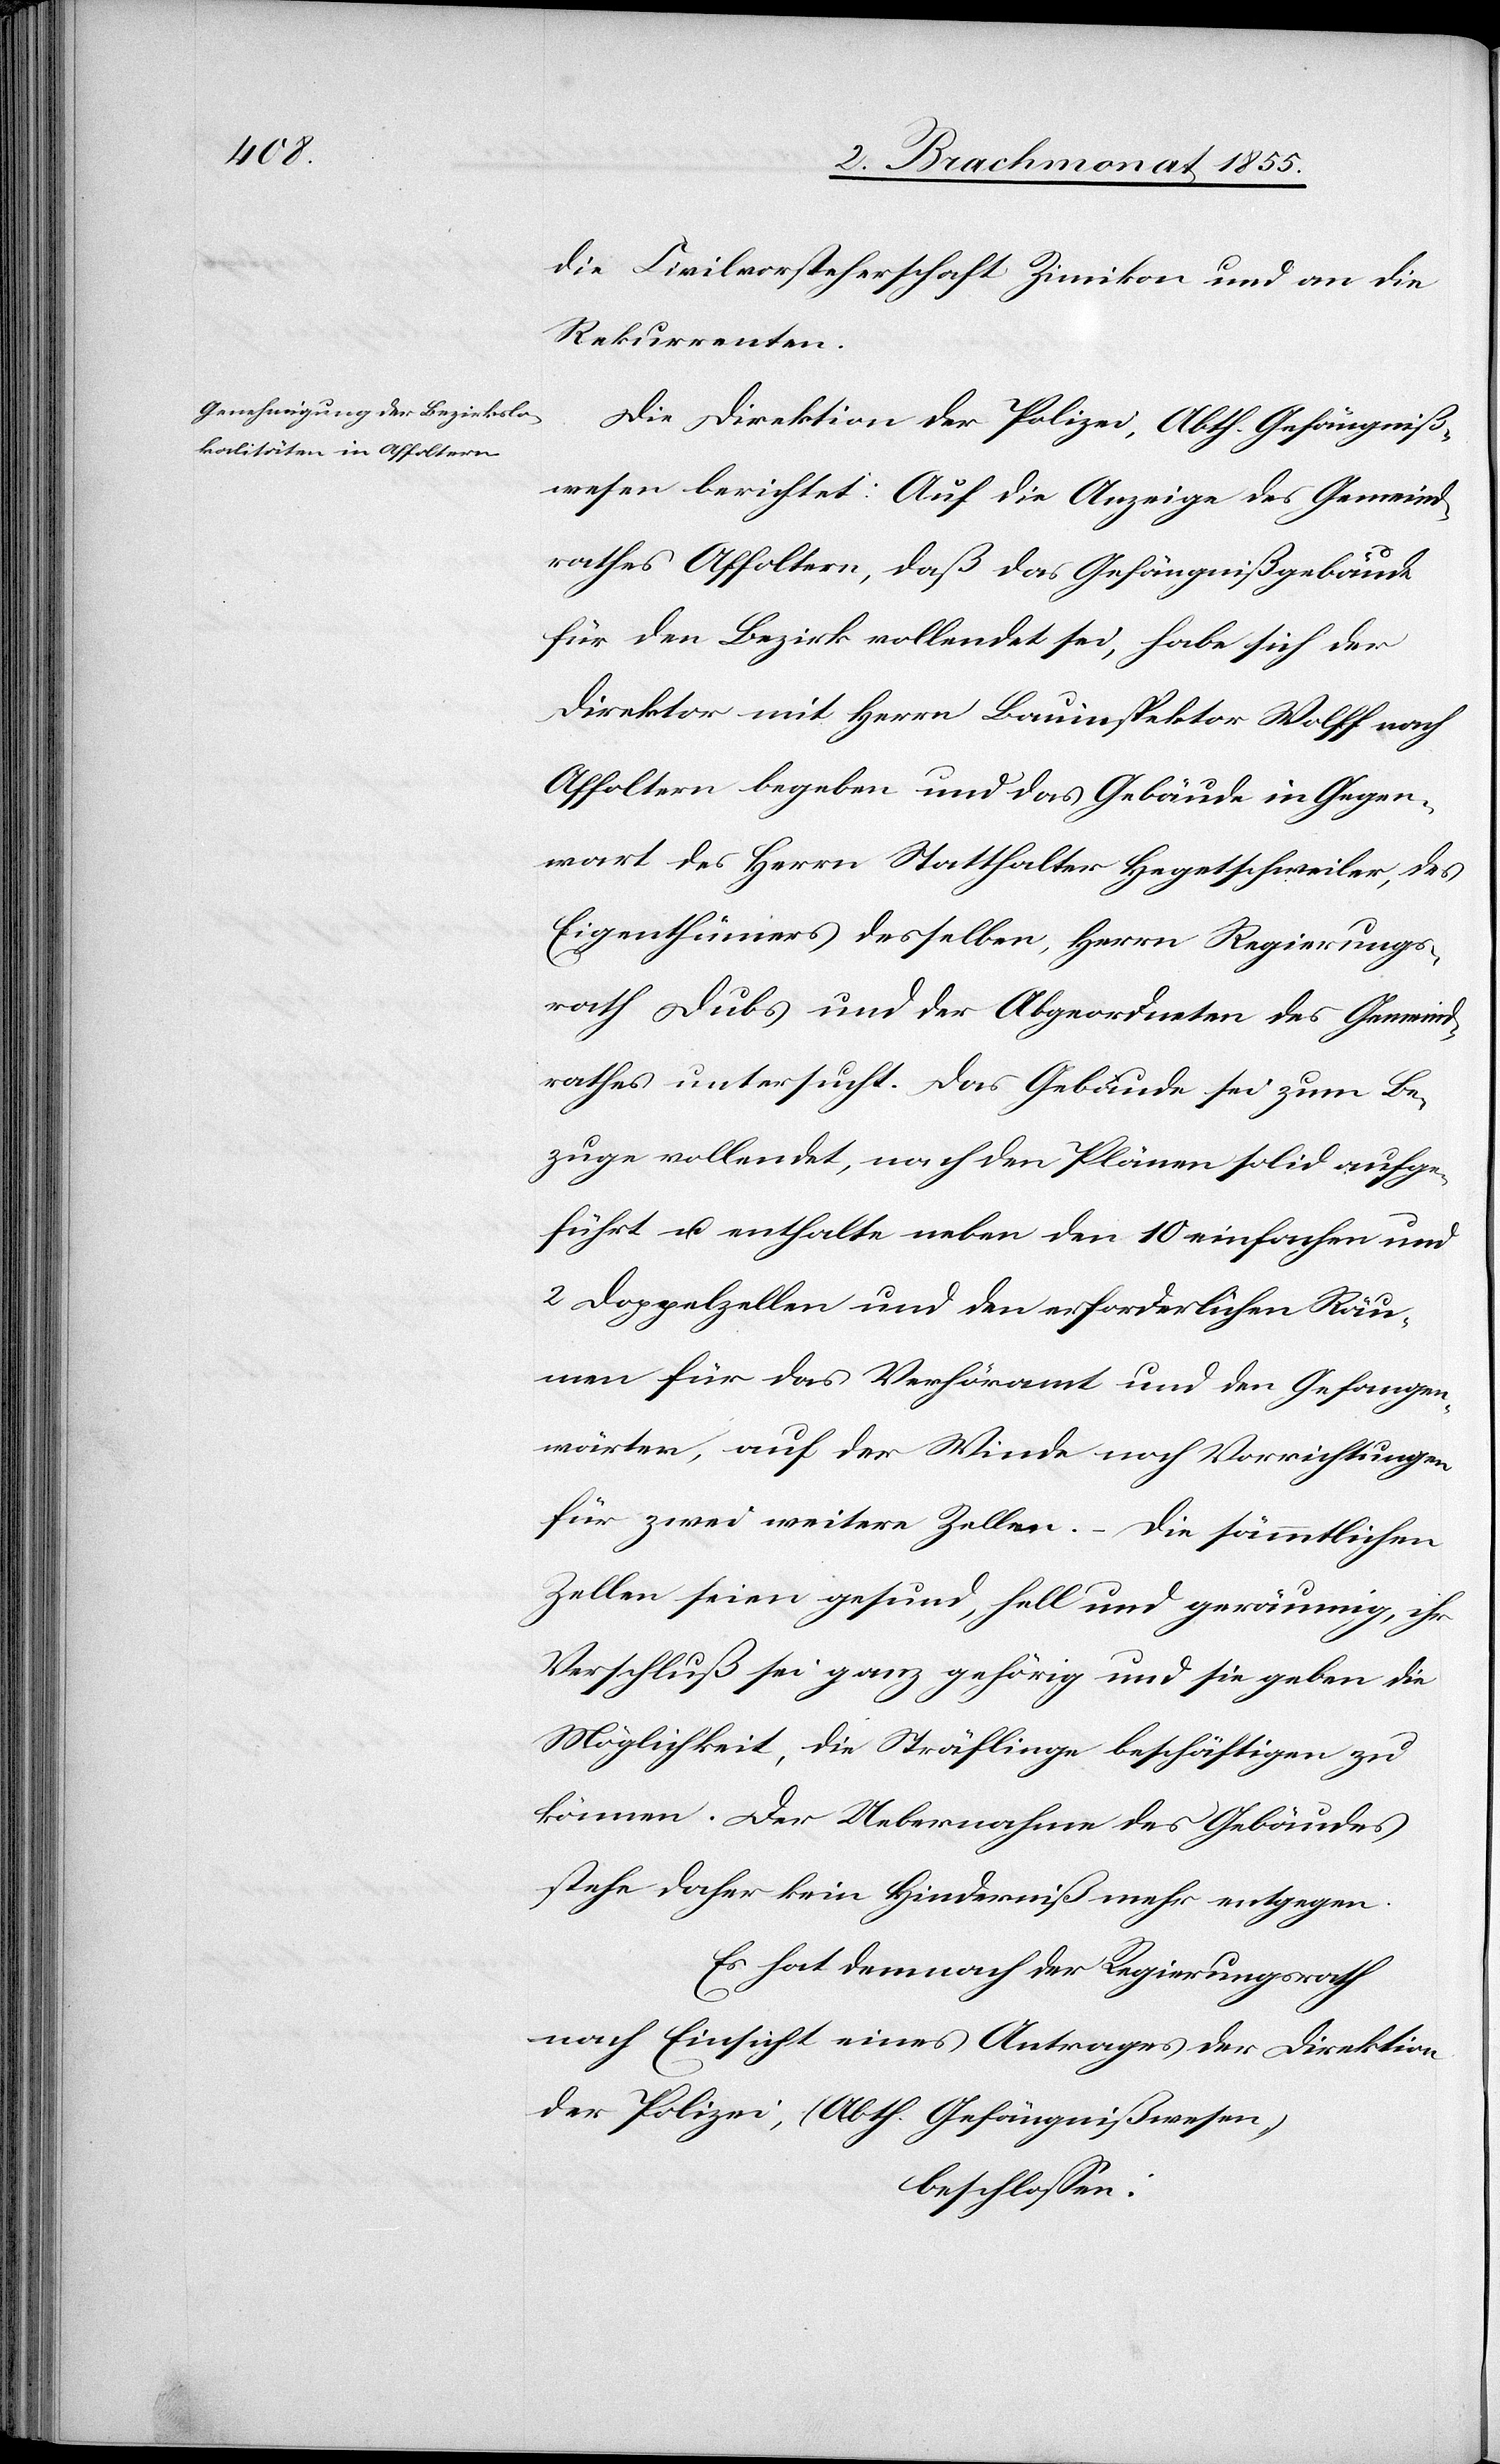
die Civilvorsteherschaft Zimikon und an die
Rekurrenten.
Die Direktion der Polizei, Abth. Gefängniß¬
wesen berichtet: Auf die Anzeige des Gemeind¬
rathes Affoltern, daß das Gefängnißgebäude
für den Bezirk vollendet sei, habe sich der
Direktor mit Herrn Bauinspektor Wolff nach
Affoltern begeben und das Gebäude in Gegen¬
wart des Herrn Statthalter Hegetschweiler, des
Eigenthümers desselben, Herrn Regierungs¬
rath Dubs und der Abgeordneten des Gemeind¬
rathes untersucht. Das Gebäude sei zum Be¬
zuge vollendet, nach den Plänen solid aufge¬
führt u. enthalte neben den 10 einfachen und
2 Doppelzellen und den erforderlichen Räu¬
men für das Verhöramt und den Gefangen¬
wärter, auf der Winde noch Vorrichtungen
für zwei weitere Zellen. – Die sämmtlichen
Zellen seien gesund, hell und geräumig, ihr
Verschluß sei ganz gehörig und sie geben die
Möglichkeit, die Sträflinge beschäftigen zu
können. Der Uebernahme des Gebäudes
stehe daher kein Hinderniß mehr entgegen.
Es hat demnach der Regierungsrath
nach Einsicht eines Antrages der Direktion
der Polizei, (Abth. Gefängnißwesen,)
beschlossen: